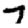
Digit: 7